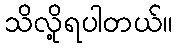
သိလို့ရပါတယ်။